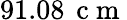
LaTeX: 91.08\, \mathrm{~c~m~}